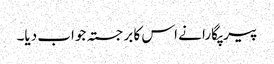
پیر پگارا نے اس کا برجستہ جواب دیا۔